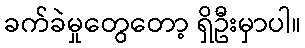
ခက်ခဲမှုတွေတော့ ရှိဦးမှာပါ။